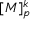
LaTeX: [ M ] _ { p } ^ { k }